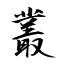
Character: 叢